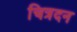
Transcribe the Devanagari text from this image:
चित्रदन